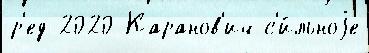
р'ед 2020 Каранов'ич с'и́льноjе